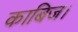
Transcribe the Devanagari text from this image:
काबिज।